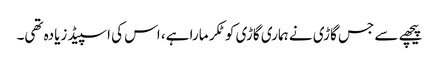
پیچھے سے جس گاڑی نے ہماری گاڑی کو ٹکر مارا ہے، اس کی اسپیڈ زیادہ تھی۔